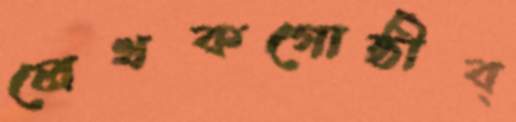
লেখকগোষ্ঠীব্